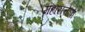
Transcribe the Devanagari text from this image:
महासत्तेला